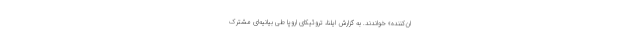
ان‌کننده» خواندند. به گزارش ایلنا، تروئیکای اروپا طی بیانیه‌ای مشترک